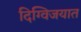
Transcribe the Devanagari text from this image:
दिग्विजयात